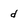
Character: d